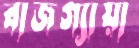
বাজগ্যায়া